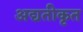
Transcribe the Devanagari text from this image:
अद्यतीकृत